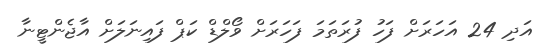
އަދި 24 އަހަރަށް ފަހު ފުރަތަމަ ފަހަރަށް ވޯލްޑް ކަޕް ފައިނަލަށް އާޖެންޓީނާ